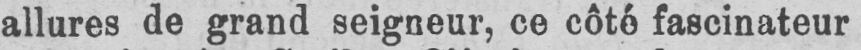
allures de grand seigneur, ce côté fascinateur